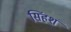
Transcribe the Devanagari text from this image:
सिंहशं